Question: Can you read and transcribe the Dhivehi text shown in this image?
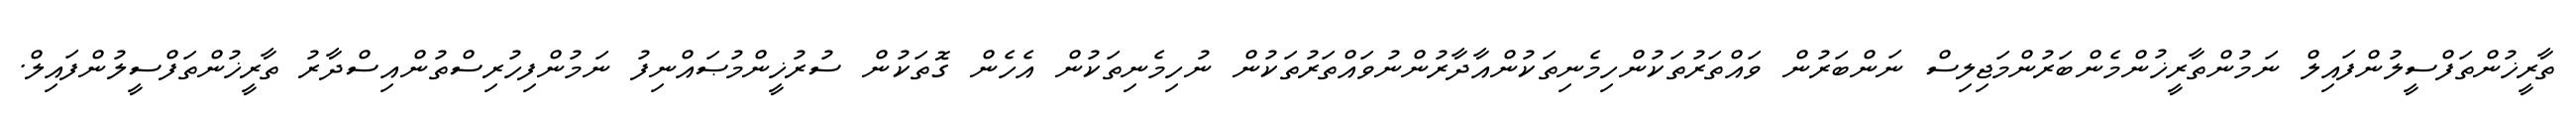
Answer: ތާރީޚުންތަފްސީލުންފައިލް ނަމުންތާރީޚުންމެންބަރުންމަޖިލިސް ނަންބަރުން ވައްތަރުތަކުންހިމެނިތަކުންއާދާރުންނުވައްތަރުތަކުން ނުހިމެނިތަކުން އެހެން ގޮތަކުން ސުރުޚީންމުޞައްނިފު ނަމުންފިހުރިސްތުންއިސްދާރު ތާރީޚުންތަފްސީލުންފައިލް.